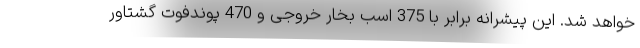
خواهد شد. این پیشرانه برابر با 375 اسب بخار خروجی و 470 پوندفوت گشتاور